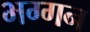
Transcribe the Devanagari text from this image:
भग्गन